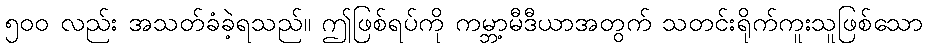
၅၀၀ လည်း အသတ်ခံခဲ့ရသည်။ ဤဖြစ်ရပ်ကို ကမ္ဘာ့မီဒီယာအတွက် သတင်းရိုက်ကူးသူဖြစ်သော